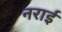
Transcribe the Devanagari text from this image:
नराई